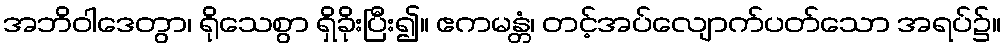
အဘိဝါဒေတွာ၊ ရိုသေစွာ ရှိခိုးပြီး၍။ ဧကမန္တံ၊ တင့်အပ်လျောက်ပတ်သော အရပ်၌။